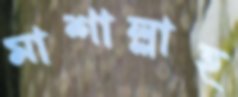
মাশাল্লাহ্